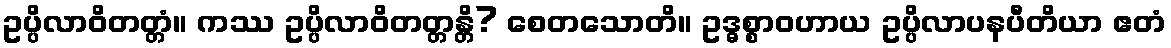
ဥပ္ပိလာဝိတတ္တံ။ ကဿ ဥပ္ပိလာဝိတတ္တန္တိ? စေတသောတိ။ ဥဒ္ဓစ္စာဝဟာယ ဥပ္ပိလာပနပီတိယာ ဧတံ